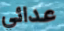
عدائي